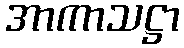
အာကာသဋ္ဌာ